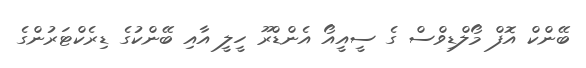
ބޭންކް އޮފް މޯލްޑިވްސް ގެ ސީއީއޯ އެންޑްރޫ ހީލީ އާއި ބޭންކުގެ ޑިރެކްޓަރުންގެ